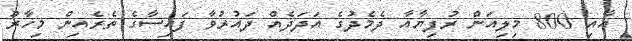
އާއި 800 މިލިއަން ރުފިޔާއާ ދެމެދުގެ އަދަދެއް ދައުރުވާ ފައިސާގެ ތެރެއިން މިހާރު